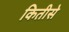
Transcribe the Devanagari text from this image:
कितीसे